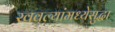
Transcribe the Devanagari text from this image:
खवल्यांमध्येसुद्धा